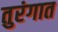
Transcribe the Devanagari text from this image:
तुरंगात